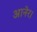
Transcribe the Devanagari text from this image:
आनेर।